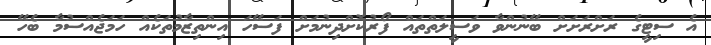
އެ ސިޓީގެ ރަށްރަށަށް ބޭނުންވާ ވަސީލަތްތައް ފޯރުކޮށްދިނުމަށް ފަސޭހަ އިންތިޒާމުތަކެއް ހަމަޖެއްސުމާ ބެހޭ